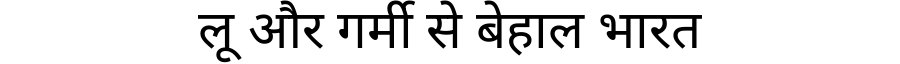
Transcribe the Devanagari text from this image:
लू और गर्मी से बेहाल भारत